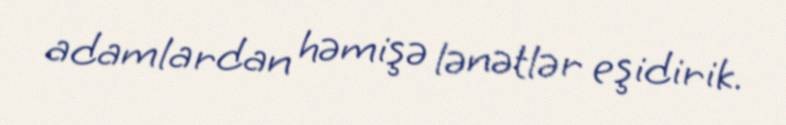
adamlardan həmişə lənətlər eşidirik.